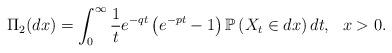
LaTeX: \begin{align*}\Pi_2(dx)=\int_{0}^{\infty}\frac{1}{t}e^{-qt}\left(e^{-p t}-1\right)\mathbb P\left(X_t \in dx\right)dt, \ \ x>0.\end{align*}